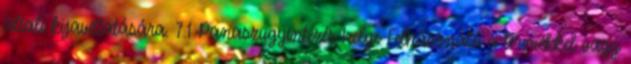
általi kijavíttatására. 7.1 Panaszügyintézés helye Felhasználó a termékkel vagy